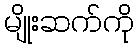
မျိုးဆက်ကို